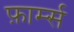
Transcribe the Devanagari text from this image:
फ़ार्म्स